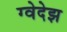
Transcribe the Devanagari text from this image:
ग्वेदेझ